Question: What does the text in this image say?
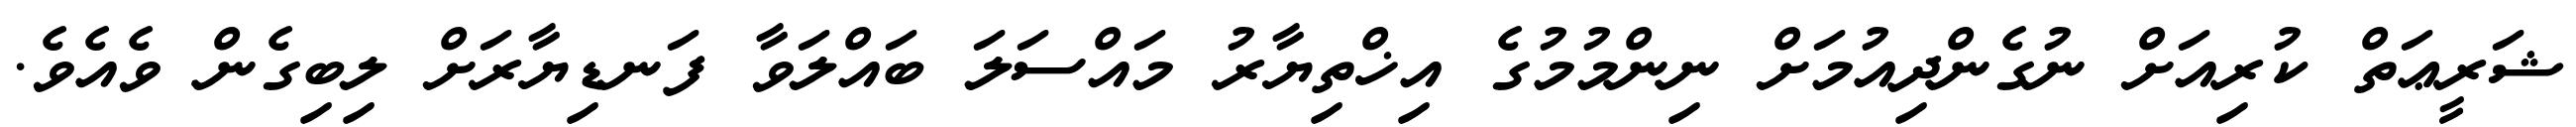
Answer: ޝަރީޢަތް ކުރިއަށް ނުގެންދިއުމަށް ނިންމުމުގެ އިޚްތިޔާރު މައްސަލަ ބައްލަވާ ފަނޑިޔާރަށް ލިބިގެން ވެއެވެ.